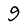
Character: 9